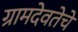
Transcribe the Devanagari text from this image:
ग्रामदेवतेचे